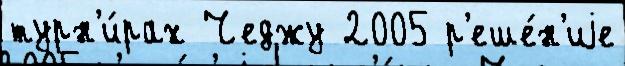
турн'и́рах Чеджу 2005 р'еше́н'иjе